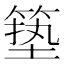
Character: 𮅣